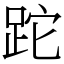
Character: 跎